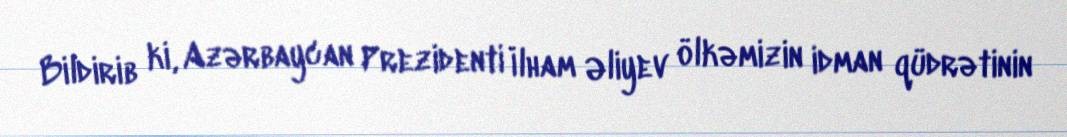
Bildirib ki, Azərbaycan Prezidenti İlham Əliyev ölkəmizin idman qüdrətinin